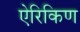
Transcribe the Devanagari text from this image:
ऐरिकिण